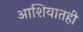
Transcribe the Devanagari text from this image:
आशियातही